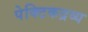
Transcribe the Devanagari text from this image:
पेक्टिकद्रव्य